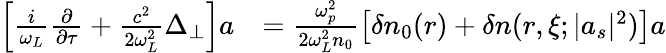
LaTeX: \begin{array}{rl}{\left[\frac{i}{\omega_{L}}\frac{\partial}{\partial\tau}+\frac{c^{2}}{2\omega_{L}^{2}}\Delta_{\perp}\right]a}&{=\frac{\omega_{p}^{2}}{2\omega_{L}^{2}n_{0}}\left[\delta n_{0}(r)+\delta n(r,\xi;|a_{s}|^{2})\right]a}\end{array}